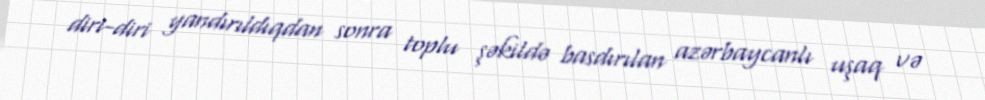
diri-diri yandırıldıqdan sonra toplu şəkildə basdırılan azərbaycanlı uşaq və